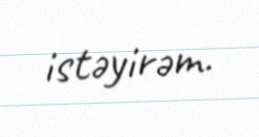
istəyirəm.